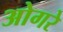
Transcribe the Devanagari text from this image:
ओगरे